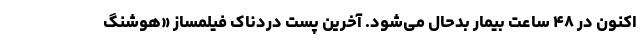
اکنون در ۴۸ ساعت بیمار بدحال می‌شود. آخرین پُست دردناک فیلمساز «هوشنگ